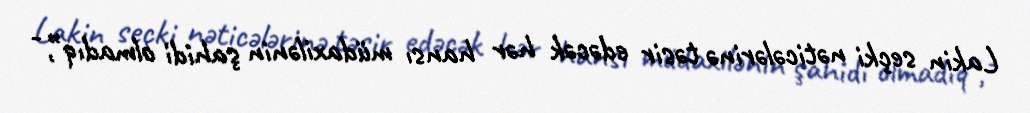
Lakin seçki nəticələrinə təsir edəcək hər hansı müdaxilənin şahidi olmadıq”, -